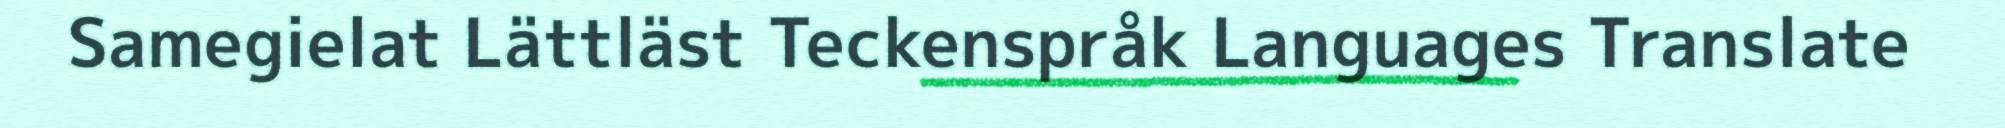
Samegielat Lättläst Teckenspråk Languages Translate